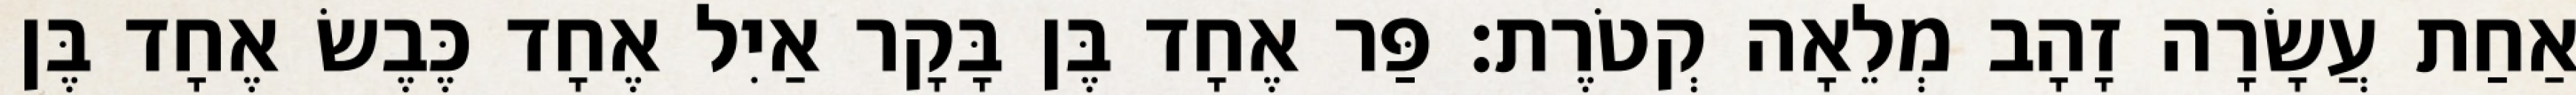
אַחַת עֲשָׂרָה זָהָב מְלֵאָה קְטֹרֶת׃ פַּר אֶחָד בֶּן בָּקָר אַיִל אֶחָד כֶּבֶשׂ אֶחָד בֶּן